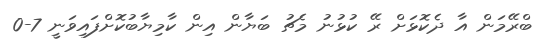
ބްރޭމަން އާ ދެކޮޅަށް ރޭ ކުޅުނު މެޗު ބަޔާން އިން ކާމިޔާބުކޮށްފައިވަނީ 7-0